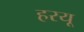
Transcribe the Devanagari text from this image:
हरयू